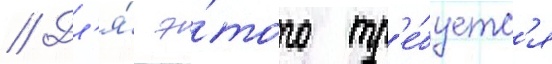
// Дл'я́ э́того тр'е́буетс'я